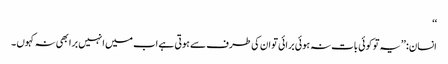
‘‘
انسان: ’’یہ تو کوئی بات نہ ہوئی برائی تو ان کی طرف سے ہوتی ہے اب میں انہیں برا بھی نہ کہوں ۔